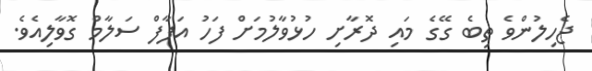
ޖެހިލުންވެ ތިބެ ގޭގެ މައި ދޮރާށި ހުޅުވާލުމަށް ފަހު އަފާފް ސަލާމް ގޮވާލިއެވެ.